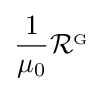
{\frac {1}{\mu _{0}}}{\mathcal {R}}^{_{\mathrm {G} }}